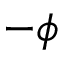
- \phi